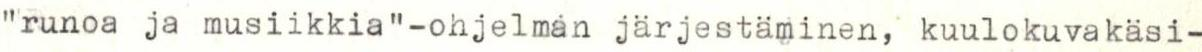
"runoa ja musiikkia"-ohjelman järjestäminen, kuulokuvakäsi-